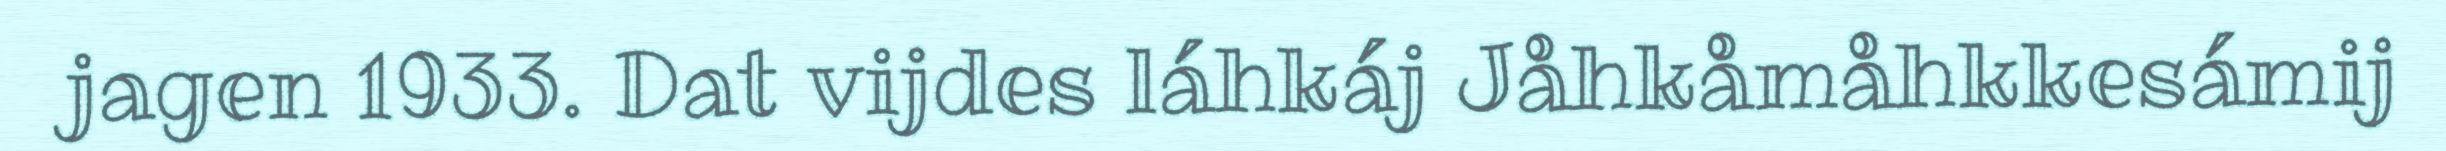
jagen 1933. Dat vijdes láhkáj Jåhkåmåhkkesámij